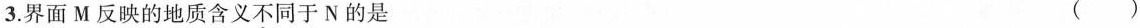
3. 界面M反映的地质含义\underset{·}{不}同于N的是 ( )